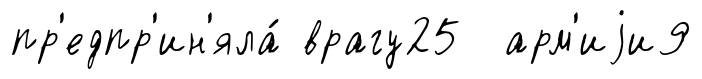
пр'едпр'ин'яла́ врагу25 арм'иjи9